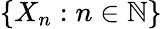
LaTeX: \{ X_{n}:n\in\mathbb{N}\}